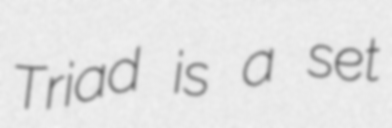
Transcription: Triad is a set